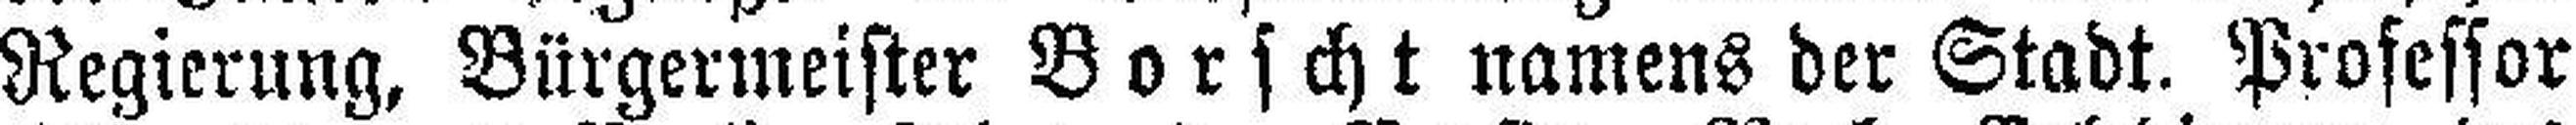
Regierung, Bürgermeister Borscht namens der Stadt. Professor